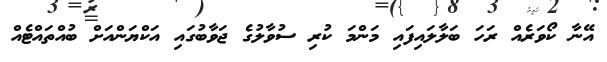
އޭނާ ކޯވަރެއް ރަހަ ބަލާލައިފައި މަންމަ ކުރި ސުވާލުގެ ޖަވާބުގައި އަކްޔަންއަށް ބުއްތައްޓެއް